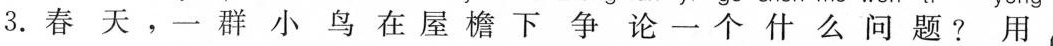
3.春天，一群小鸟在屋檐下争论一个什么问题？用